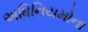
અધિનિયમોના